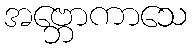
အဗ္ဘောကာသေ